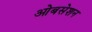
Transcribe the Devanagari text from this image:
ओबसेशन